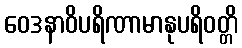
ဝေဒနာဝိပရိဏာမာနုပရိဝတ္တိ